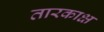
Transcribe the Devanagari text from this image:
तारकाक्ष